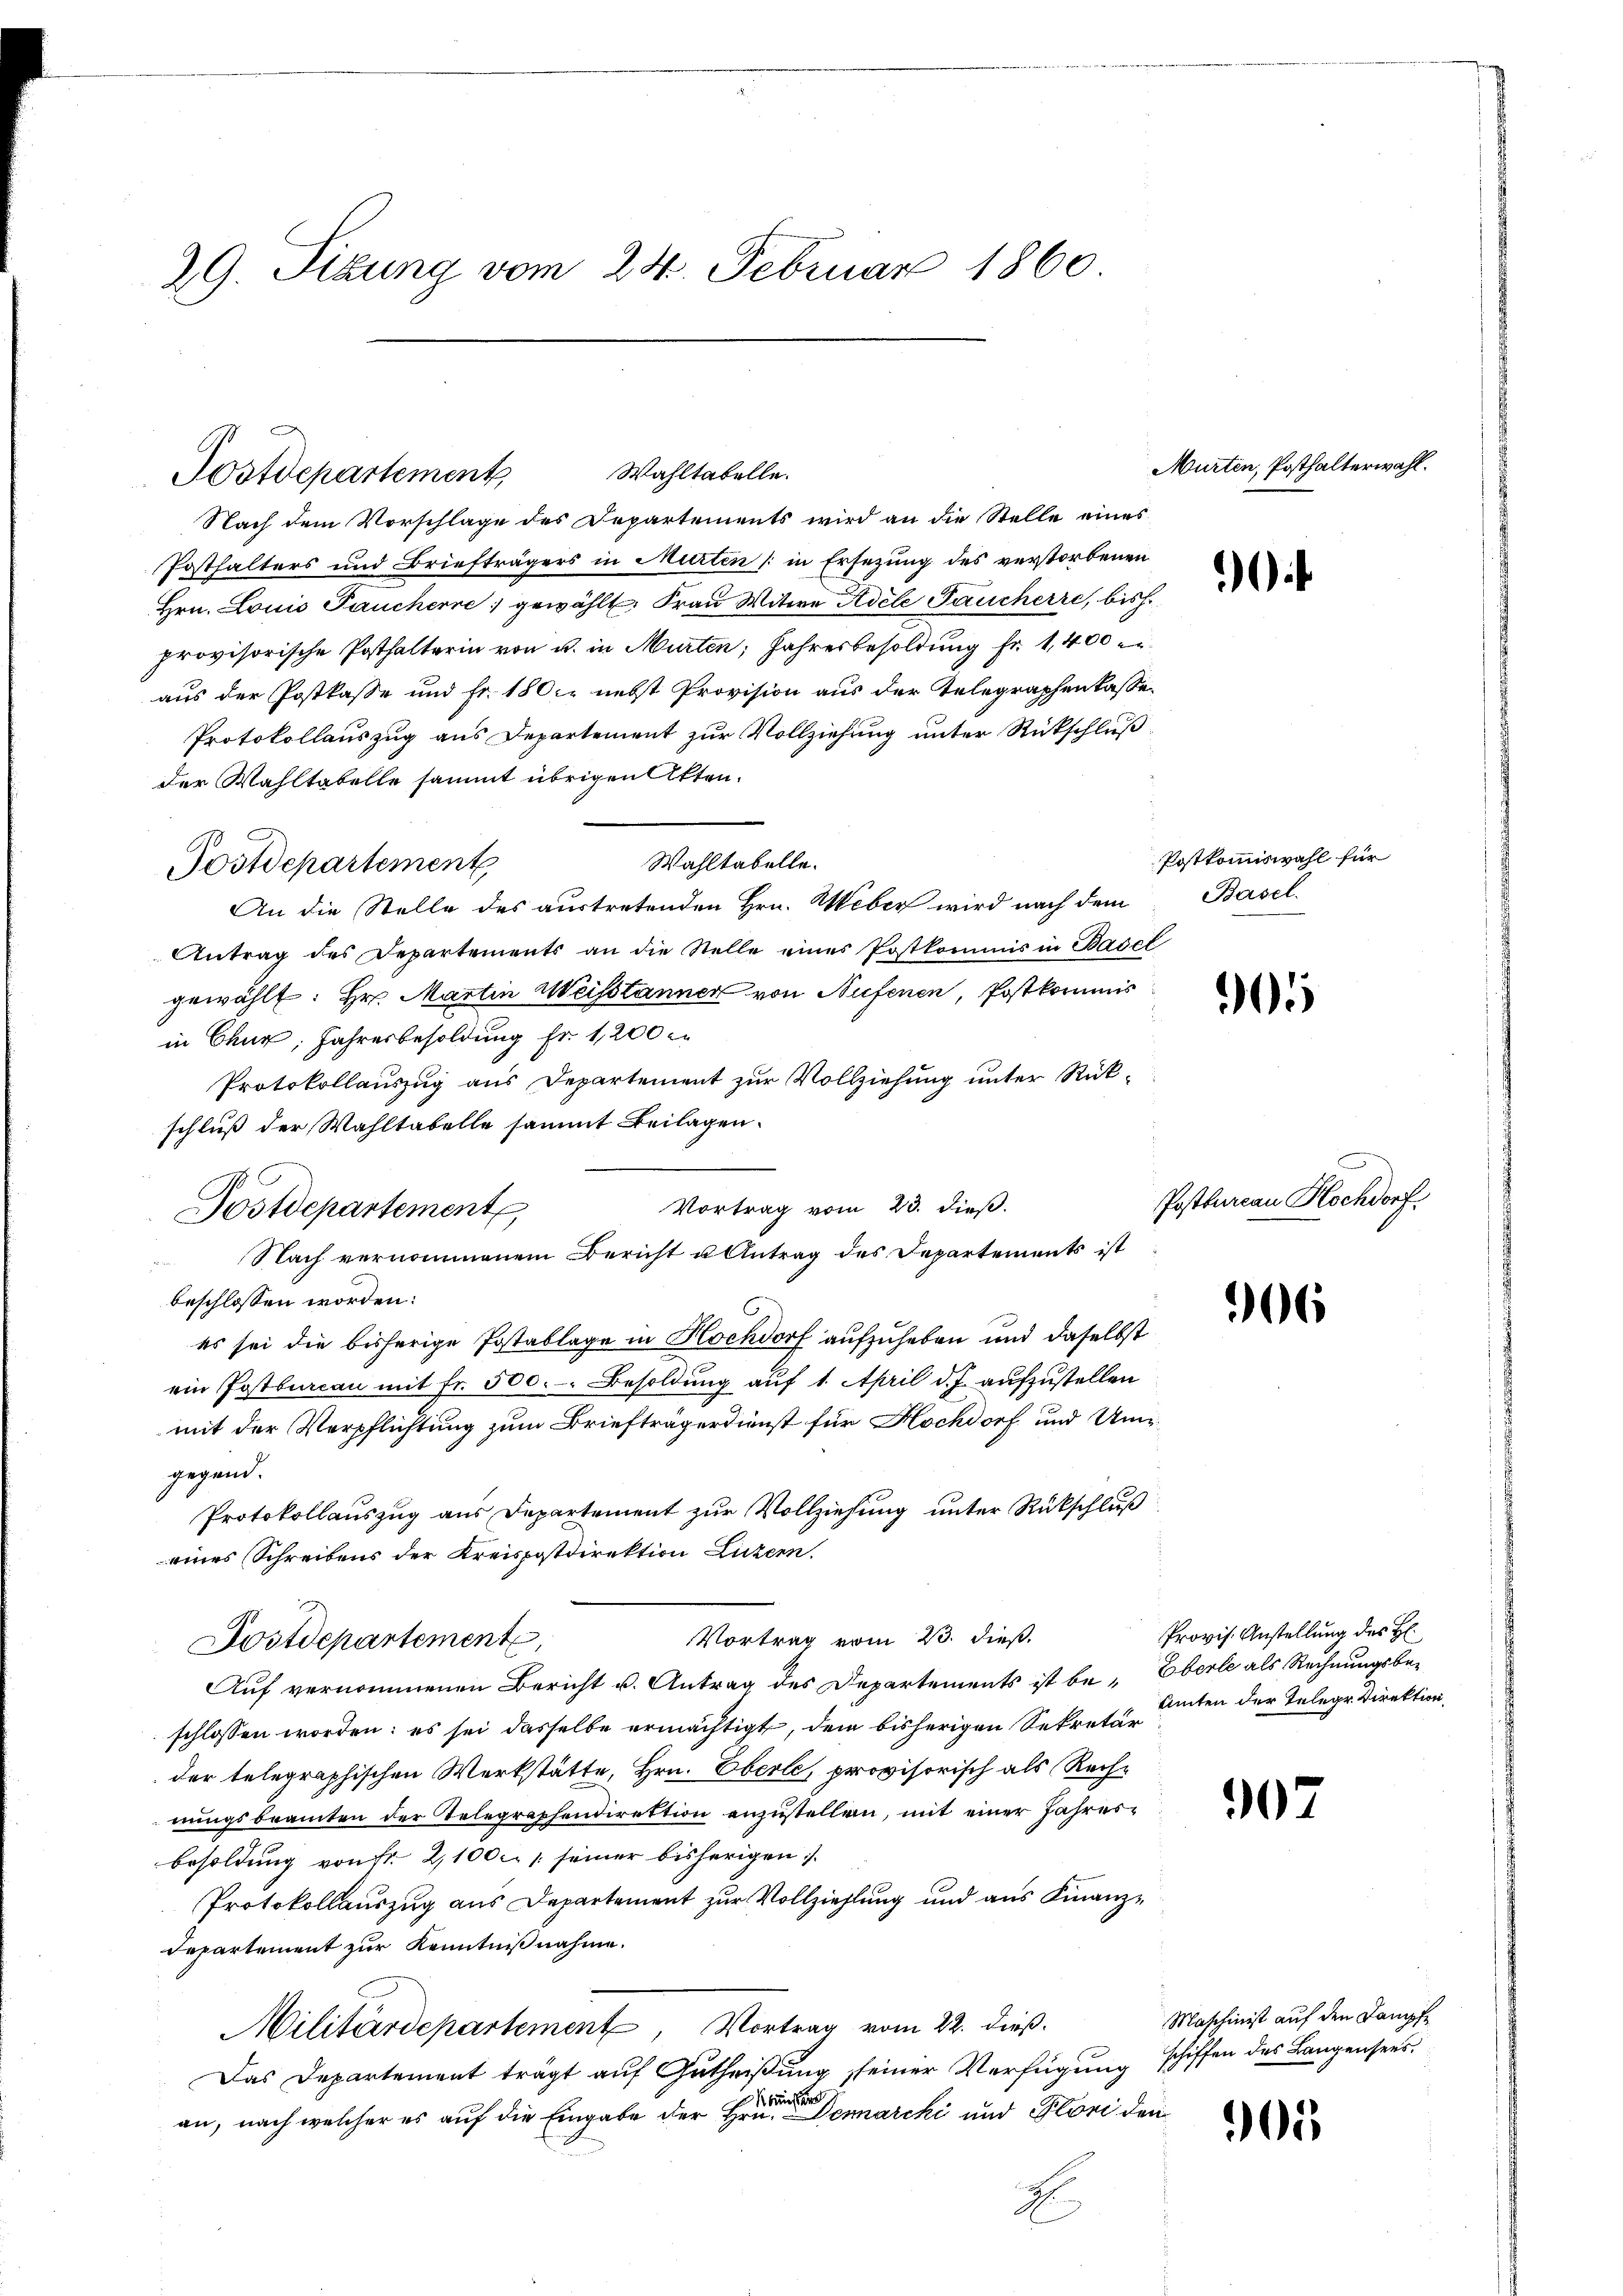
29. Sitzung vom 24. Februar 1860

Wahltabelle.
Nach dem Vorschlage des Departements wird an die Stelle eines
Posthalters und Briefträgers in Murten (in Ersezung des verstorbenen
Hrn. Louis Paucherre gewählt: Frau Witwe Adele Gaucherre, bish
provisorische Posthalterin von u. in Murten, Jahresbesoldung fr. 1,400
aus der Postkasse und Fr. 180. nebst Provision aus der Telegraphenkasse
Protokollauszug aus Departement zur Vollziehung unter Rückschluß
der Wahltabelle sammt übrigen Akten.
Wahltabelle.
Postdepartement
An die Stelle des austretenden Hrn. Weber wird nach dem
Antrag des Departements an die Stelle eines Postkommis in Basel
gewählt: Hr. Martin Weisstanner von Aufenen, Postkommis
in Chur, Jahresbesoldung Fr. 1200
Protokollauszug aus Departement zur Vollziehung unter Rückschluß der Wahltabelle sammt Beilagen.
Vortrag vom 23. dieß.
Dostdepartemente
Nach vernommenem Bericht u Antrag des Departements ist
beschlossen worden:
es sei die bisherige Postablage in Hochdorf aufzuheben und daselbst
ein Postbureau mit fr. 500. Besoldung auf 1. April d. J. aufzustellen
mit der Verpflichtung zum Briefträgerdienst für Hochdorf und Umgegend.
Protokollauszug aus Departement zur Vollziehung unter Rückschluß
eines Schreibens der Kreispostdirektion Luzern.
Vortrag vom 23. dieß.
Postdepartement,
Auf vernommenen Bericht u. Antrag des Departements ist be- Eberle als Rechnungsbeschlossen worden; es sei dasselbe ermächtigt, dem bisherigen Sekretär
der telegraphischen Werkstätte, Hrn. Eberle, provisorisch als Rechnungsbeamten der Telegraphendirektion anzustellen, mit einer Jahresbesoldung von Fr. 2,100 c. 1 seiner bisherigen.
Protokollauszug aus Departement zur Vollziehlung und aus Finanz¬
Departement zur Kenntnißnahme.
Militärdepartement, Vortrag vom 22. dieß.
Das Departement trägt auf Gutheißung seiner Verfügung schiffen des Langensees
bänke
an, nach welcher es auf die Eingabe der Hrn. Demarcki und Plori den
E

Postdepartement,

Murten, Posthalterwahl.

Postkommiswahl für
Basel.

Postbureau Hochdorf.

Provis. Anstellung des H:
Amten der Telegr. Direktion

Maschinist auf den Kampfe

t

0

06

907

90